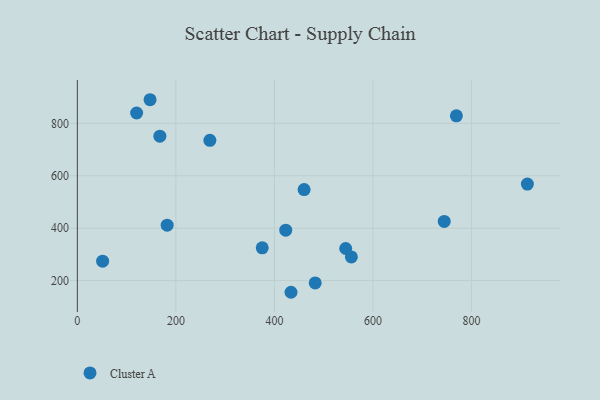
{"axis": {"x": "Experience", "y": "Demand"}, "legend": ["Cluster A"], "data": [{"x": "913.5", "y": 568.1, "type": "Cluster A"}, {"x": "182.3", "y": 411.5, "type": "Cluster A"}, {"x": "120.3", "y": 839.6, "type": "Cluster A"}, {"x": "769.4", "y": 828.8, "type": "Cluster A"}, {"x": "51.3", "y": 274.1, "type": "Cluster A"}, {"x": "147.6", "y": 890.2, "type": "Cluster A"}, {"x": "460.3", "y": 547.2, "type": "Cluster A"}, {"x": "556.2", "y": 290.4, "type": "Cluster A"}, {"x": "433.7", "y": 155.3, "type": "Cluster A"}, {"x": "544.7", "y": 322.4, "type": "Cluster A"}, {"x": "744.7", "y": 425.6, "type": "Cluster A"}, {"x": "375.3", "y": 325.0, "type": "Cluster A"}, {"x": "167.5", "y": 751.2, "type": "Cluster A"}, {"x": "269.0", "y": 735.1, "type": "Cluster A"}, {"x": "423.0", "y": 392.3, "type": "Cluster A"}, {"x": "482.8", "y": 191.0, "type": "Cluster A"}]}